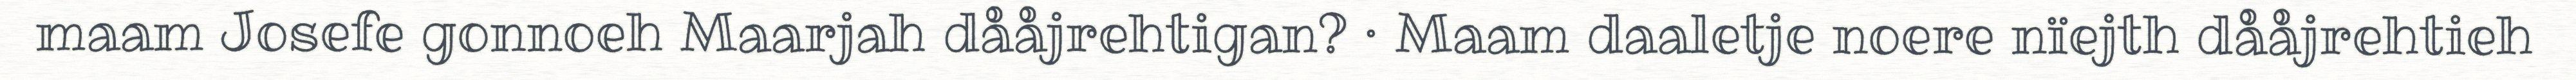
maam Josefe gonnoeh Maarjah dååjrehtigan? · Maam daaletje noere nïejth dååjrehtieh